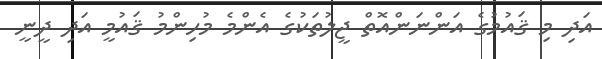
އަދި މި ޤައުމުގެ އަންނަންއޮތް ޖީލުތަކުގެ އެންމެ މުހިންމު ޤައުމީ އަދި ދީނީ